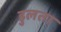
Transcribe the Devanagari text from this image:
डुलता